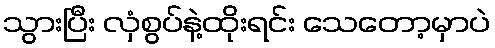
သွားပြီး လှံစွပ်နဲ့ထိုးရင်း သေတော့မှာပဲ